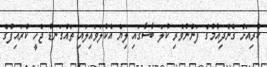
ކުރިއަށް ގެންދިއުމުގެ ފަންނުވެރި ކުލަ ބާސާގައި ލިޔެ އެކުލަވައިލައި ތައްގަނޑު ޖެހީ ކްރައިފްގެ